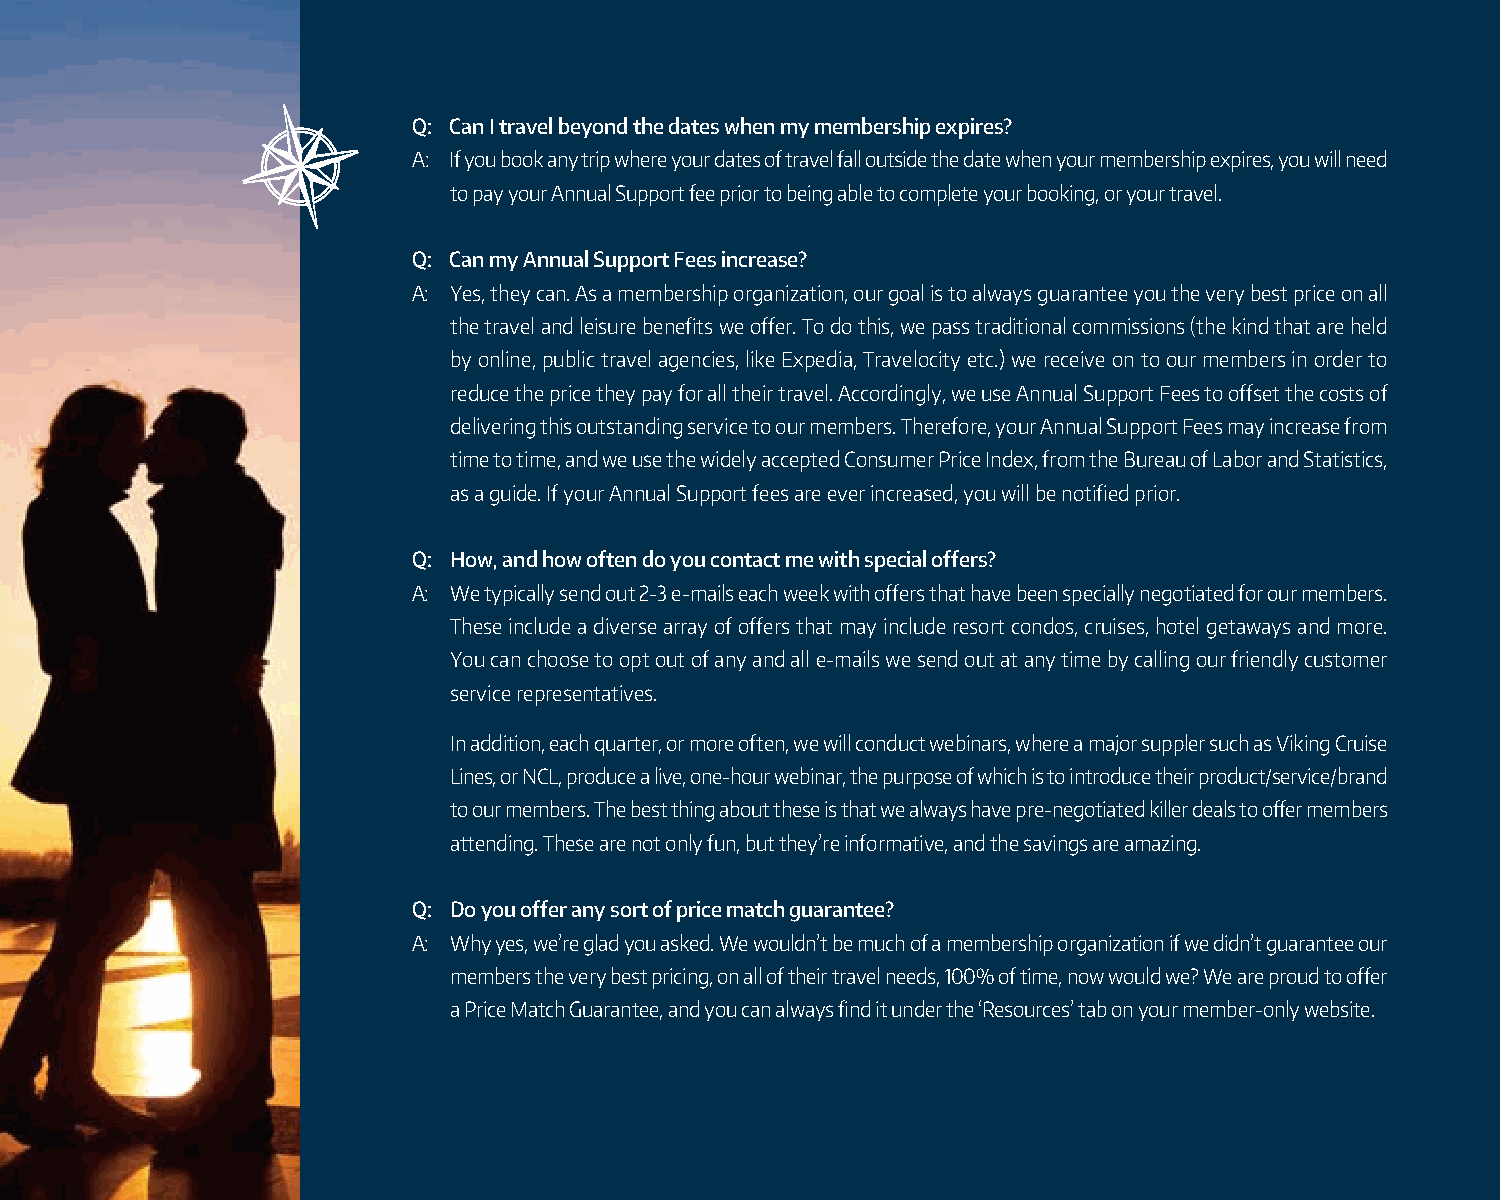
You Have Questions... We Have Answers ontinued...
 Q: Can I travel beyond the dates when my membership expires?
 Q: Can I travel last minute?                                               A: If you book any trip where your dates of travel fall outside the date when your membership expires, you will need
 A: The answer is an unequivocal, YES. Remember however, old                  to pay your Annual Support fee prior to being able to complete your booking, or your travel.
 sayings are old sayings because they are typically true. Therefore,
 remember the old adage, “The early bird gets the worm.”                 Q: Can my Annual Support Fees increase?
 Accordingly, while many times you can obtain good deals by              A: Yes, they can. As a membership organization, our goal is to always guarantee you the very best price on all
 traveling at the last minute, you must be flexible with your plans.       the travel and leisure benefits we offer. To do this, we pass traditional commissions (the kind that are held
 If you are flexible on your destination and exact travel dates, or        by online, public travel agencies, like Expedia, Travelocity etc.) we receive on to our members in order to
 you can pick up and go at the drop of a hat, then many times we           reduce the price they pay for all their travel. Accordingly, we use Annual Support Fees to offset the costs of
 can find special deals for you that represent incredible value. Our       delivering this outstanding service to our members. Therefore, your Annual Support Fees may increase from
 Condo Getaways are a good example of this. We typically have              time to time, and we use the widely accepted Consumer Price Index, from the Bureau of Labor and Statistics,
 access hundreds of resort condominium units that are available            as a guide. If your Annual Support fees are ever increased, you will be notified prior.
 at the last minute, worldwide. Full week stays can sometimes be
 as low as $199. Clearly, that represents great value, and is offered    Q: How, and how often do you contact me with special offers?
 on a space available basis only. For the most part, we recommend        A: We typically send out 2-3 e-mails each week with offers that have been specially negotiated for our members.
 planning any vacation you are taking where your plans do not              These include a diverse array of offers that may include resort condos, cruises, hotel getaways and more.
 allow for such flexibility.                                               You can choose to opt out of any and all e-mails we send out at any time by calling our friendly customer
 service representatives.
 Q: When do I pay my Annual Support Fees?
 In addition, each quarter, or more often, we will conduct webinars, where a major suppler such as Viking Cruise
 A: Annual Support Fees are, as the name implies, paid every year.
 Lines, or NCL, produce a live, one-hour webinar, the purpose of which is to introduce their product/service/brand
 You may have signed a Sure Pay Authorization Agreement for
 to our members. The best thing about these is that we always have pre-negotiated killer deals to offer members
 the payment of your Support Fees. If you did, the payment will
 attending. These are not only fun, but they’re informative, and the savings are amazing.
 typically be charged to either a credit card or checking account
 when due, whichever you signed up for. Also, you will receive a
 Q: Do you offer any sort of price match guarantee?
 notice via first class mail prior to any charge being made for your
 A: Why yes, we’re glad you asked. We wouldn’t be much of a membership organization if we didn’t guarantee our
 Annual Support Fees. If you did not sign a Sure Pay Authorization
 members the very best pricing, on all of their travel needs, 100% of time, now would we? We are proud to offer
 Agreement, you will be billed for your Annual Support Fees.
 a Price Match Guarantee, and you can always find it under the ‘Resources’ tab on your member-only website.